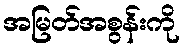
အမြတ်အစွန်းကို